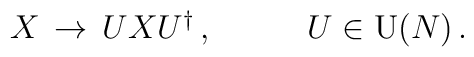
\begin{array}{cc}X\,\rightarrow\,UXU^{\dagger}\,,~~~&~~~U\in\mbox{U}(N)\,.\end{array}